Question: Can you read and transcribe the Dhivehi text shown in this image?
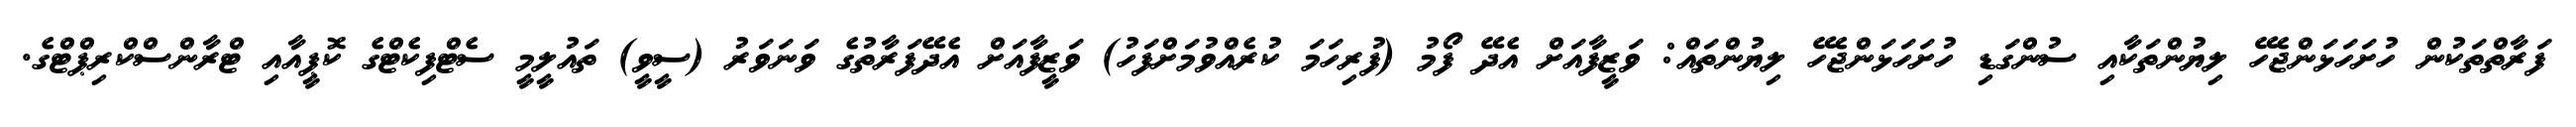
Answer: ފަރާތްތަކުން ހުށަހަޅަންޖެހޭ ލިޔުންތަކާއި ސުންގަޑި ހުށަހަޅަންޖެހޭ ލިޔުންތައް: ވަޒީފާއަށް އެދޭ ފޯމު (ފުރިހަމަ ކުރެއްވުމަށްފަހު) ވަޒީފާއަށް އެދޭފަރާތުގެ ވަނަވަރު (ސީވީ) ތައުލީމީ ސެޓްފިކެޓްގެ ކޮޕީއާއި ޓްރާންސްކްރިޕްޓްގެ.